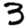
Digit: 3